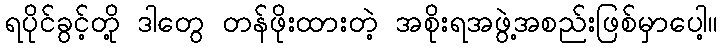
ရပိုင်ခွင့်တို့ ဒါတွေ တန်ဖိုးထားတဲ့ အစိုးရအဖွဲ့အစည်းဖြစ်မှာပေါ့။